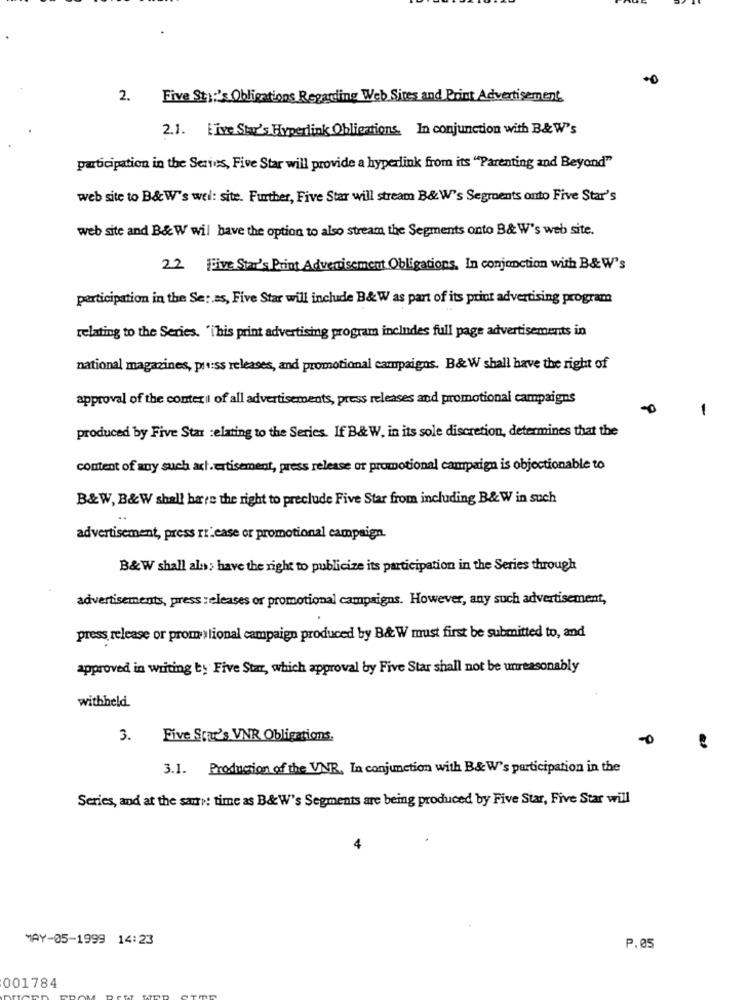
2. Five Star's Obligations Regarding Web Sites and Print Advertisement
2.1. Five Star's Hyperlink Obligations. In conjunction with B& W's
participation in the Series, Five Star will provide a hyperlink from its "Parenting and Beyond"
web site to B& W's wel: site. Further, Five Star will stream B&W's Segments onto Five Star's
web site and B& W wil have the option to also stream the Segments onto B& W's web site.
22 Five Star's Print Advertisement Obligations, In conjunction with B&W's
participation in the Se: as, Five Star will include B&W as part of its print advertising program
relating to the Series. "ibis print advertising program includes full page advertisements in
national magazines, press releases, and promotional campaigns. B& W shall have the right of
approval of the context of all advertisements, press releases and promotional campaigns
-
produced by Five Star :elating to the Series. If B& W. in its sole discretion, determines that the
content of any such ach.ertisement, press release or promotional campaign is objectionable to
B&W, B&W shall have the right to preclude Five Star from including B&W in such
advertisement, press ri'ease or promotional campaign.
B&W shall alos; have the right to publicize its participation in the Series through
advertisements, press releases or promotional campaigns. However, any such advertisement,
press release or promy lional campaign produced by B&W must first be submitted to, and
approved in writing ty Five Star, which approval by Five Star shall not be unreasonably
withheld
3.
Five Star's VNR Obligations.
3.1. Production of the VNR, In conjunction with B&W's participation in the
Series, and at the same time as B&W's Segments are being produced by Five Star, Five Star will
MAY-05-1999 14:23
P.05
001784